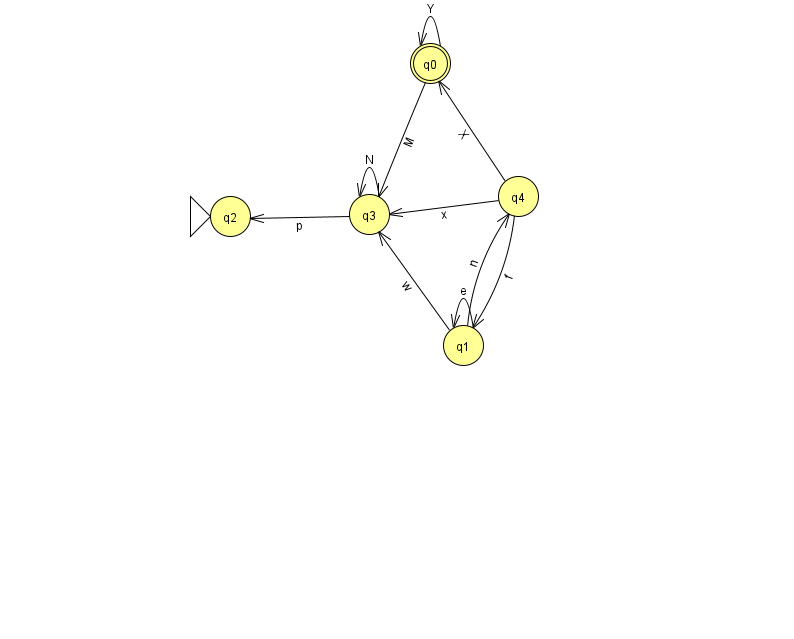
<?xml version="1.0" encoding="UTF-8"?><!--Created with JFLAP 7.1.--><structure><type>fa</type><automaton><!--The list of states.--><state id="0" name="q0"><x>430.0</x><y>50.0</y><final/></state><state id="1" name="q1"><x>463.0</x><y>332.0</y></state><state id="2" name="q2"><x>230.0</x><y>203.0</y><initial/></state><state id="3" name="q3"><x>369.0</x><y>201.0</y></state><state id="4" name="q4"><x>518.0</x><y>183.0</y></state><!--The list of transitions.--><transition><from>4</from><to>0</to><read>X</read></transition><transition><from>1</from><to>1</to><read>e</read></transition><transition><from>1</from><to>4</to><read>n</read></transition><transition><from>0</from><to>3</to><read>M</read></transition><transition><from>4</from><to>3</to><read>x</read></transition><transition><from>0</from><to>0</to><read>Y</read></transition><transition><from>3</from><to>2</to><read>p</read></transition><transition><from>3</from><to>3</to><read>N</read></transition><transition><from>4</from><to>1</to><read>f</read></transition><transition><from>1</from><to>3</to><read>w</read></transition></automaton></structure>